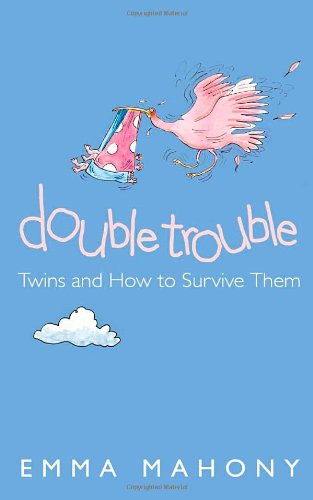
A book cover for Double Trouble: Twins and How to Survive Them; Emma Mahoney; Parenting & Relationships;